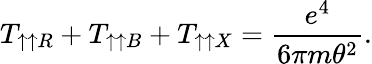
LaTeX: T_{\uparrow\uparrow R}+T_{\uparrow\uparrow B}+T_{\uparrow\uparrow X}=\frac{e^{4}}{6\pi m\theta^{2}}.